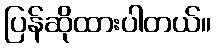
ပြန်ဆိုထားပါတယ်။